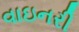
વાઇનરી